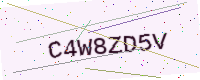
Text: C4W8ZD5V